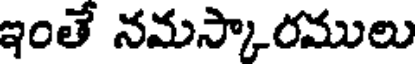
ఇంతే నమస్కారములు